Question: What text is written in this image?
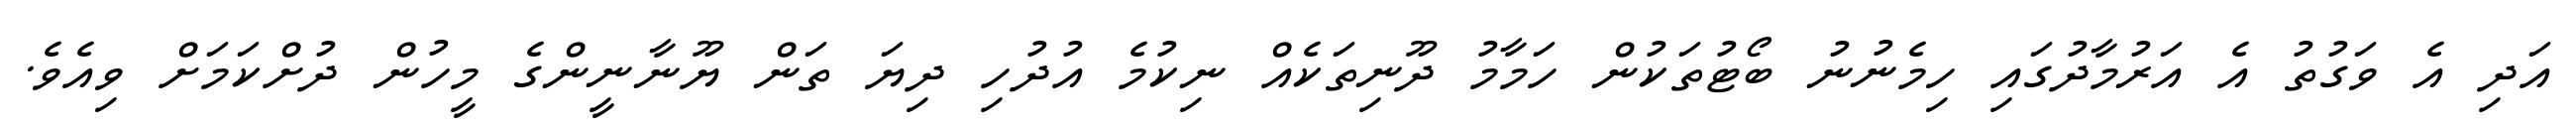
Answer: އަދި އެ ވަގުތު އެ އަރުމާދުގައި ހިމެނުނު ބޯޓުތަކުން ހަމާމު ދޫނިތަކެއް ނިކުމެ އުދުހި ދިޔަ ތަން ޔޫނާނީންގެ މީހުން ދުށްކަމަށް ވިއެވެ.